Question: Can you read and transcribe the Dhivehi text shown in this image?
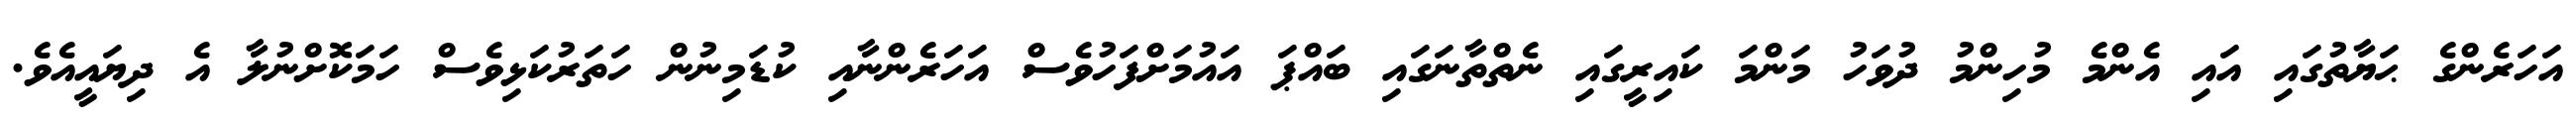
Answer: އަހަރެންގެ ޙަޔާތުގައި އައި އެންމެ މުހިންމު ދުވަހު މަންމަ ކައިރީގައި ނެތްތާނަގައި ބައްޕަ އައުމަށްފަހުވެސް އަހަރެންނާއި ކުޑަމިނުން ހަތަރުކަޅިވެސް ހަމަކޮށްނުލާ އެ ދިޔައީއެވެ.